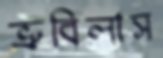
ভ্রুবিলাস